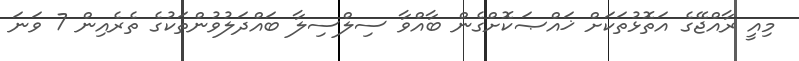
މިއީ ރާއްޖޭގެ އަތޮޅުތަކަށް ޚައްޞަކޮށްގެން ބާއްވާ ސިލްސިލާ ބައްދަލުވުންތަކުގެ ތެރެއިން 7 ވަނަ